Ambla_Vallakohus, lk 2
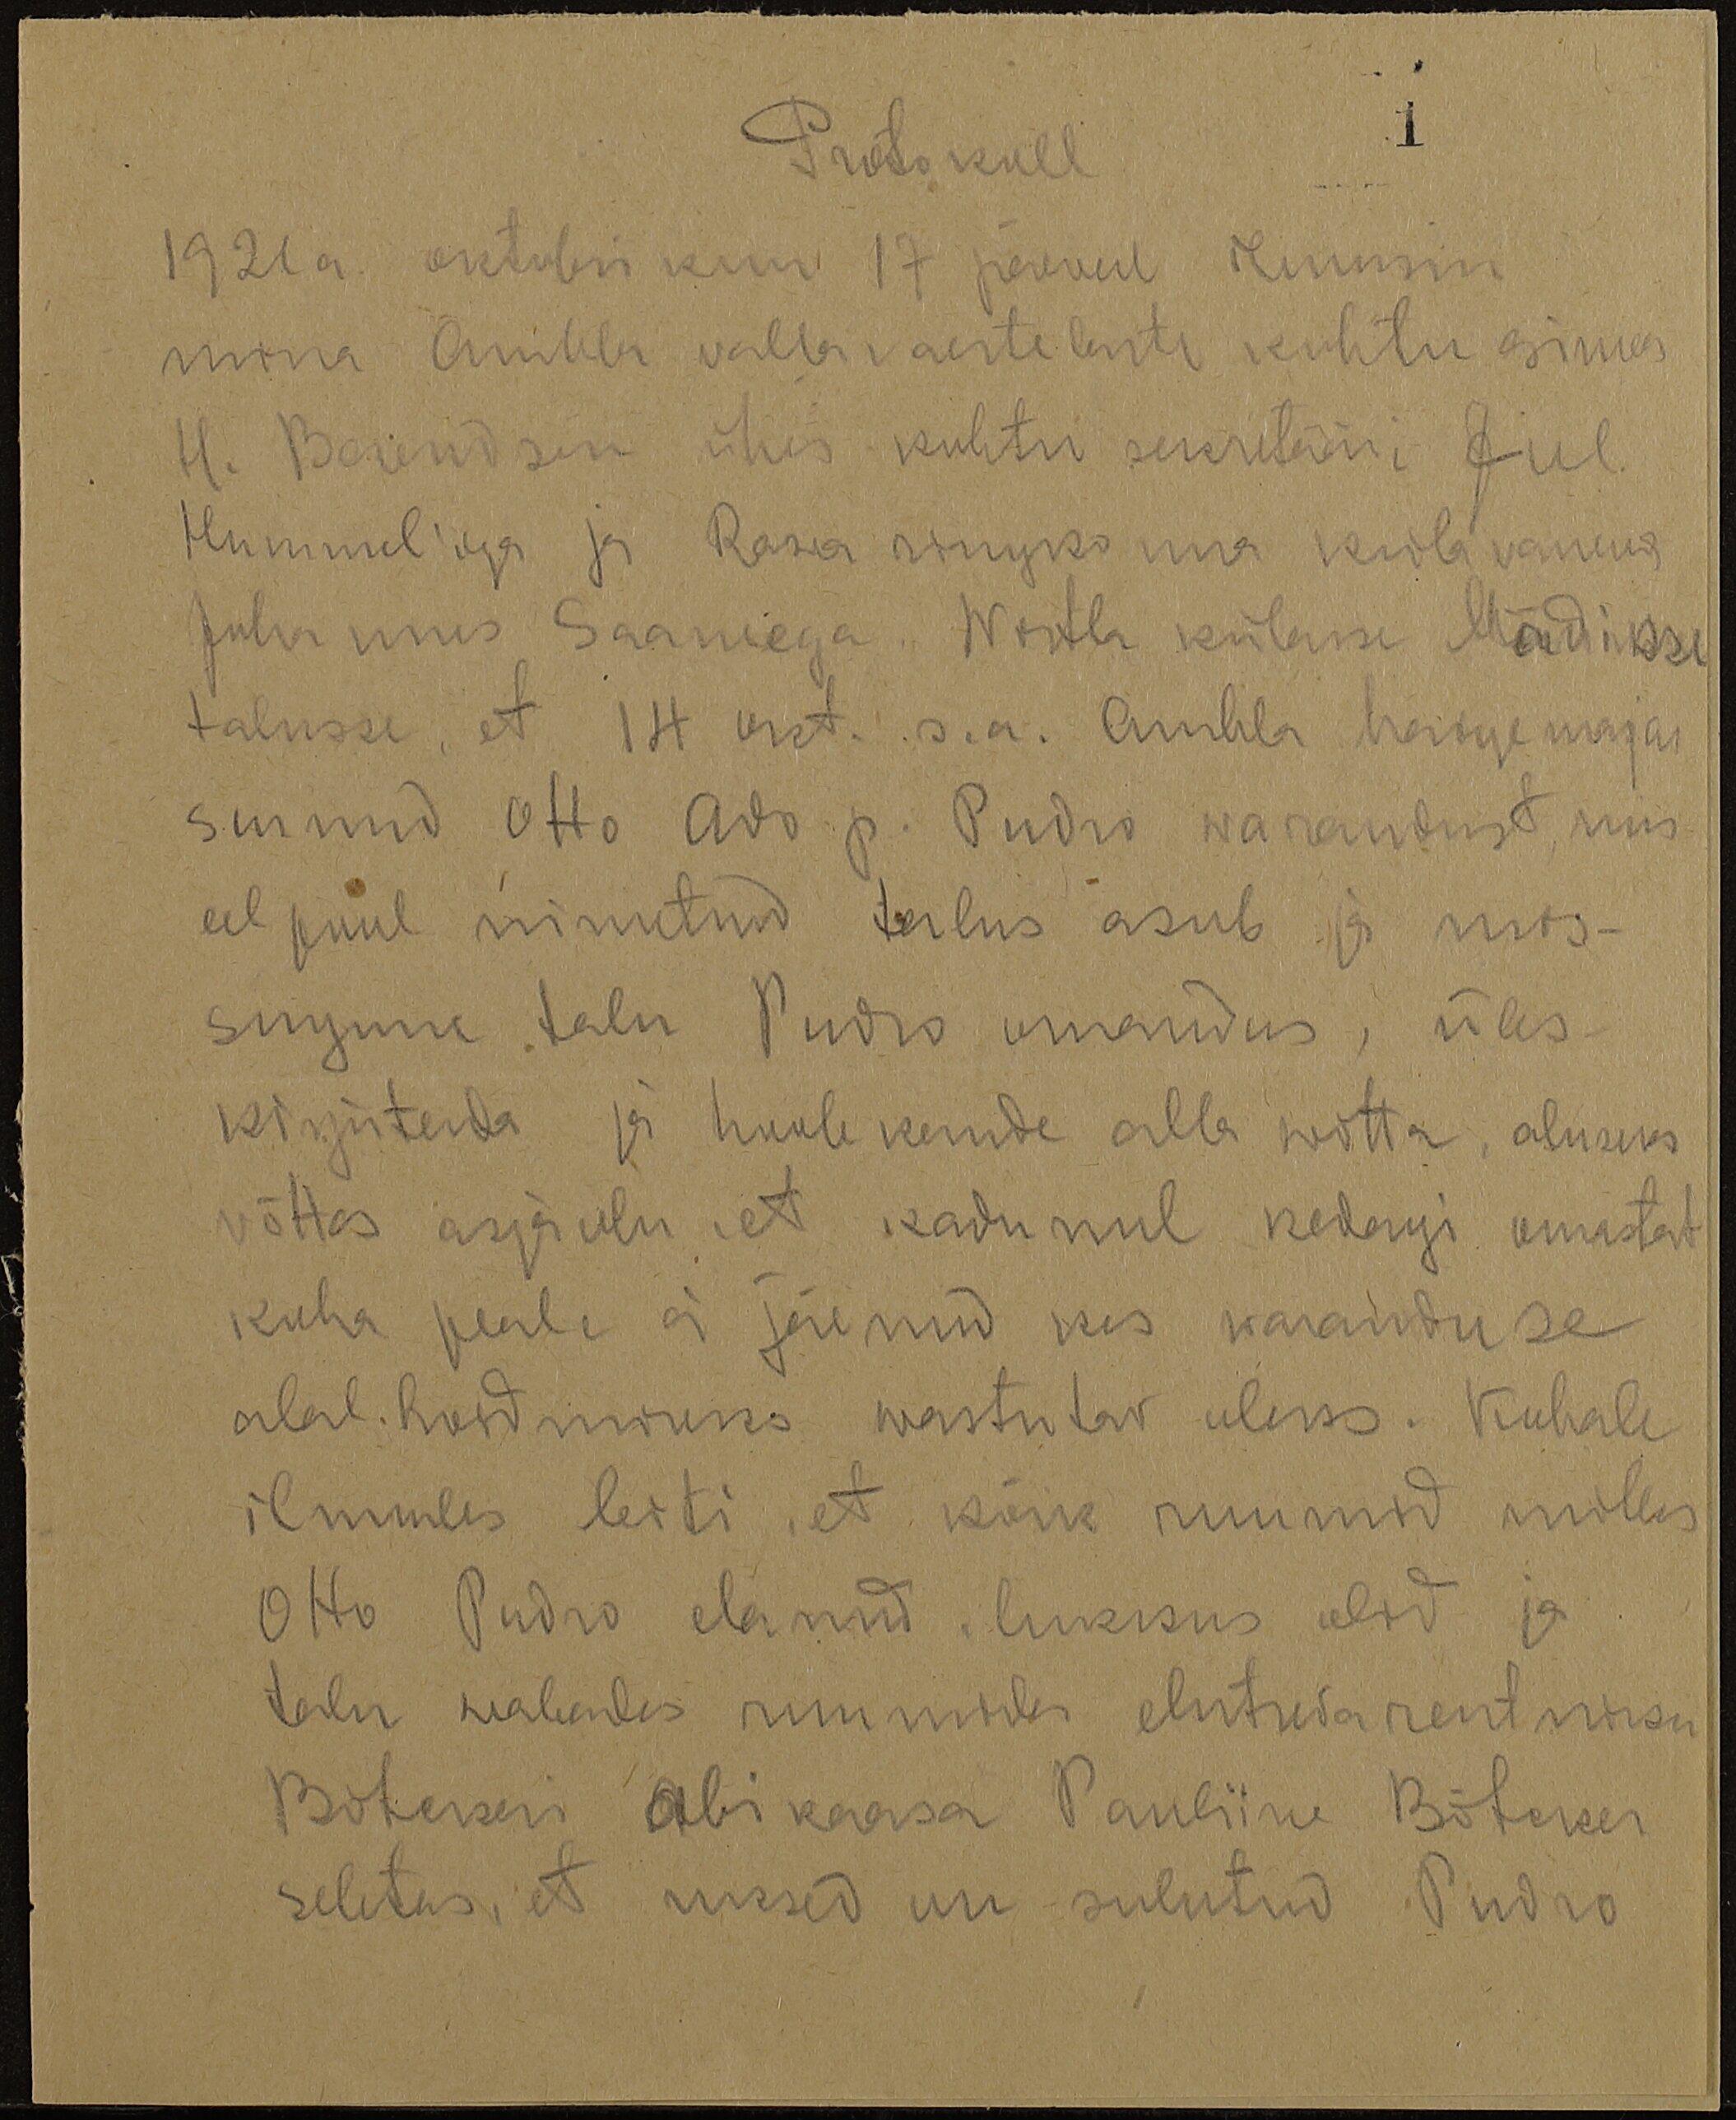
1

Protokoll.
1921 a. oktobri kuu 17 päewal ilmusin
mina Ambla valla vaeste laste kohtu esimees
H. Berendsen ühes kohtu sekretääri 8 Jul.
Hummel'iga ja Rasa ringkonna külavanema
Juhannws Saamega. Wistla külasse Mädisse
talusse, et 14 okt s.a. Ambla haigemajas
surnud Otto Ado p. Pudro warandust, mis
eel pool nimetud talus asub ja mis-
sugune talu Pudro omandus, üles
kirjutada ja hoole kande alla wõtta, aluseks
võttes asjaolu, et kadunul kedagi omastat
koha peale ei jäenud kes waranduse
alal hoidmiseks wastutav oleks. Kohale
ilmudes leiti, et kõik ruumid milles
Otto Pudro elanud, lukkus olid ja
talu kaebades ruumiks elutuba rentniku
Bötckeri abikaasa Pauliine Bötcker
seletas, et uksed on sulutud Pudro